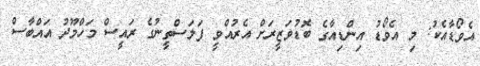
އެވޯޑާއެކު: މި އެވޯޑު އިންޑިއާގެ ބޮޑުވަޒީރަށް އެރުއްވީ ފަލަސްތީނުގެ ރައީސް މަހްމޫދު އައްބާސް